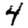
Digit: 4